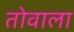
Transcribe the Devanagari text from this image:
तोवाला